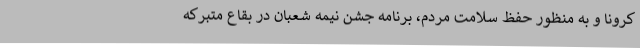
کرونا و به منظور حفظ سلامت مردم، برنامه جشن نیمه شعبان در بقاع متبرکه